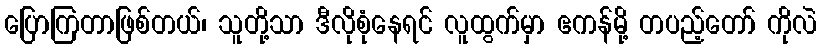
ပြောကြတာဖြစ်တယ်၊ သူတို့သာ ဒီလိုစုံနေရင် လူထွက်မှာ ဧကန်မို့ တပည့်တော် ကိုလဲ